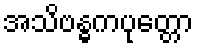
အသိဗန္ဓကပုတ္တော